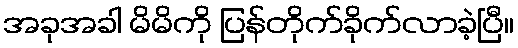
အခုအခါ မိမိကို ပြန်တိုက်ခိုက်လာခဲ့ပြီ။